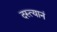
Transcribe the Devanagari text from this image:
दस्त्यानं